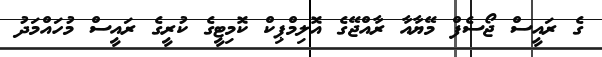
ގެ ރައީސް ޖޯސެފް މޭޔާއާ ރާއްޖޭގެ އޮލިމްޕިކް ކޮމިޓީގެ ކުރީގެ ރައީސް މުހައްމަދު